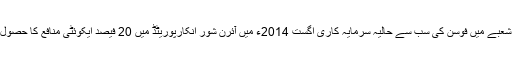
بیمہ شعبے میں فوسن کی سب سے حالیہ سرمایہ کاری اگست 2014ء میں آئرن شور انکارپوریٹڈ میں 20 فیصد ایکوئٹی منافع کا حصول ہے۔